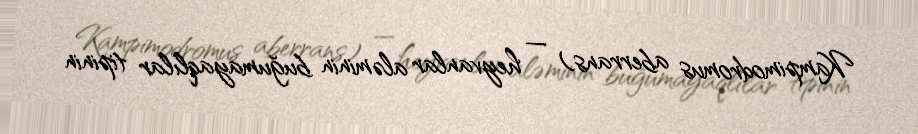
Kampimodromus aberrans) — heyvanlar aləminin buğumayaqlılar tipinin